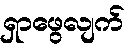
ရှာဖွေလျက်